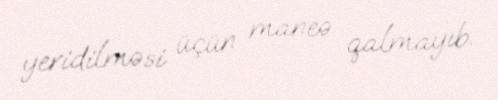
yeridilməsi üçün maneə qalmayıb.